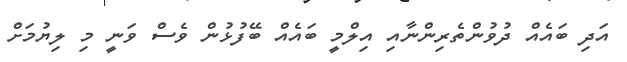
އަދި ބައެއް ދުވުންތެރިންނާއި އިލްމީ ބައެއް ބޭފުޅުން ވެސް ވަނީ މި ލިޔުމަށް